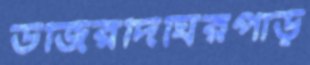
উজিরদিঘিরপাড়